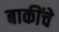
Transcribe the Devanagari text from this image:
बाकींचे